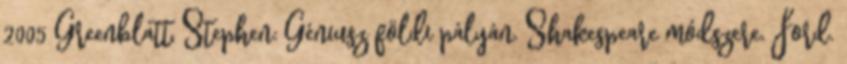
2005 Greenblatt, Stephen: Géniusz földi pályán. Shakespeare módszere. Ford.